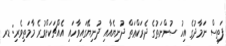
ފަތިސް ނަމާދުގެ އިހު ސުންނަތުގެ ދެރަކްޢަތް ދުނިޔެއާއި ދުނިޔޭގައިވާހައި އެއްޗަކަށްވުރެ މާމަތިވެރި: ޑރ